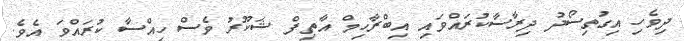
ދިވެހި އިގުތިސޯދު ދިރާސާކުރައްވައި އިބްރާހިމް އާތިފް ޝަކޫރު ވެސް ހިއްސާ ކުރައްވަ އެވެ.